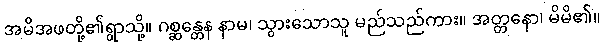
အမိအဖတို့၏ရွာသို့။ ဂစ္ဆန္တေန နာမ၊ သွားသောသူ မည်သည်ကား။ အတ္တနော၊ မိမိ၏။